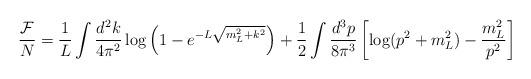
LaTeX: \begin{align*}\frac{{\cal F}}{N} = \frac{1}{L} \int \frac{d^2 k}{4 \pi^2} \log \left( 1 -e^{-L\sqrt{m_L^2 + k^2}} \right)+ \frac{1}{2} \int \frac{d^3 p}{8 \pi^3} \left[\log(p^2 + m_L^2) - \frac{m_L^2}{p^2} \right]\end{align*}